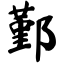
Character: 鄞